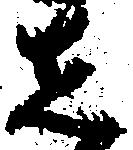
し